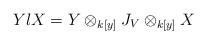
LaTeX: \begin{align*}Y \l X = Y \otimes_{k[y]} J_V \otimes_{k[y]} X\end{align*}